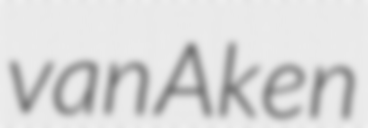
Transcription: van Aken